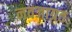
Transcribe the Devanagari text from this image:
नवजाग्रत